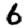
Digit: 6